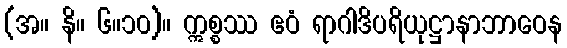
(အ။ နိ။ ၆။၁၀)။ ဣစ္စဿ ဧဝံ ရာဂါဒိပရိယုဋ္ဌာနာဘာဝေန